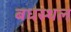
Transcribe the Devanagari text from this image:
बधस्थल